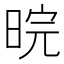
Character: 晥